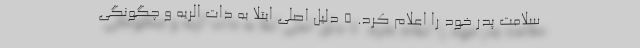
سلامت پدر خود را اعلام کرد. 5 دلیل اصلی ابتلا به ذات الریه و چگونگی